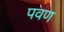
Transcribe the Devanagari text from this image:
पवण